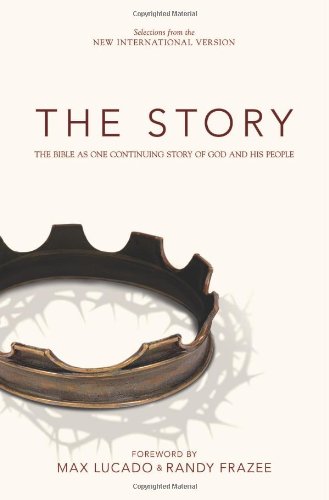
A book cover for The Story: The Bible as One Continuing Story of God and His People (Selections from the New International Version); Zondervan; Christian Books & Bibles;